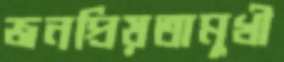
জনপ্রিয়তামুখী